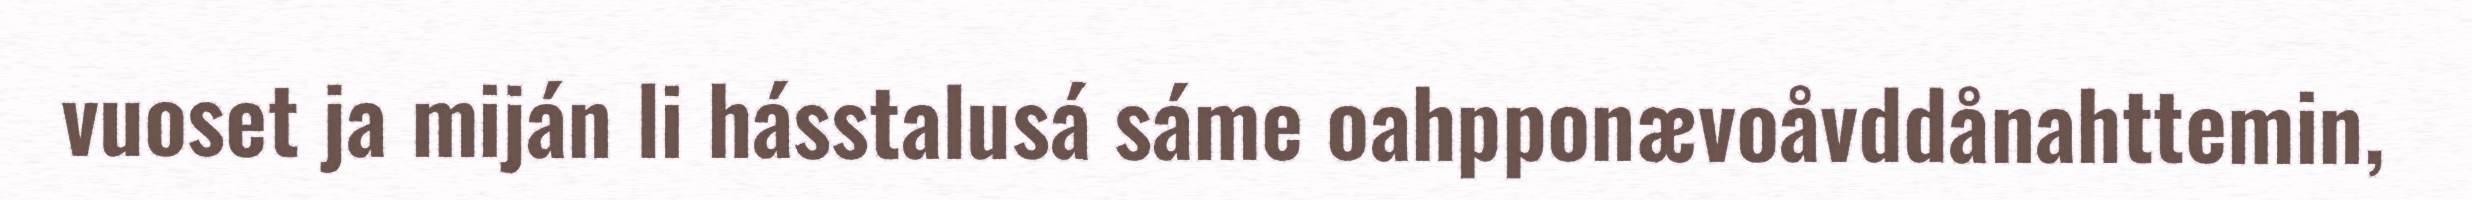
vuoset ja miján li hásstalusá sáme oahpponævoåvddånahttemin,